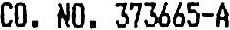
CO. NO. 373665-A